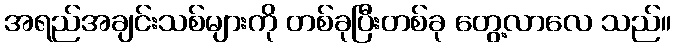
အရည်အချင်းသစ်များကို တစ်ခုပြီးတစ်ခု တွေ့လာလေ သည်။